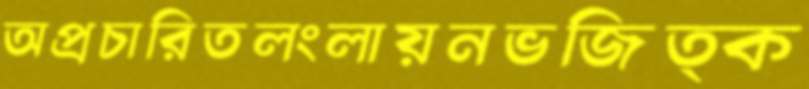
অপ্রচারিতলংলায়নভজিত্ক